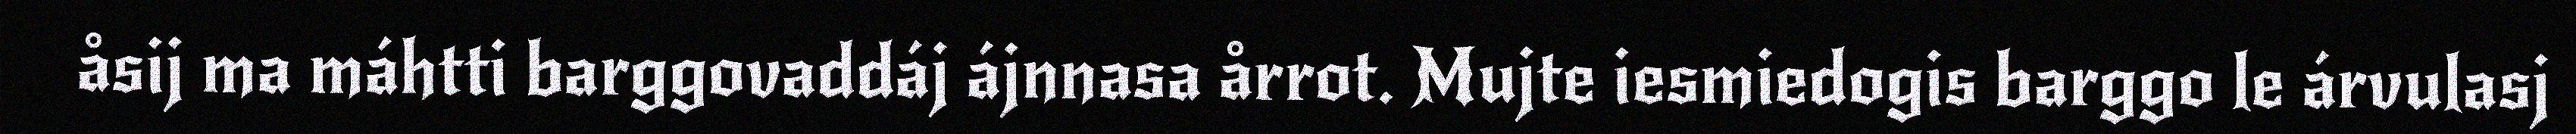
åsij ma máhtti barggovaddáj ájnnasa årrot. Mujte iesmiedogis barggo le árvulasj